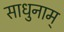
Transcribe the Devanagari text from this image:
साधुनाम्